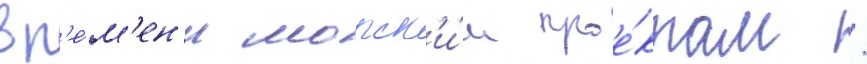
вр'е́м'ен'и морск'и́м прое́ктам /